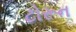
ટોરૂન